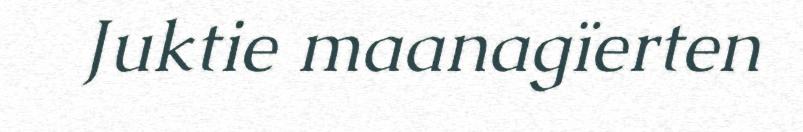
Juktie maanagïerten